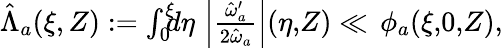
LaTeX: \begin{array}{r}{\hat{\Lambda}_{a}(\xi,Z):=\int_{0}^{\xi}\! \! \! d\eta\, \left|\frac{\hat{\omega}_{a}^{\prime}}{2\hat{\omega}_{a}}\right|(\eta,\! Z)\ll\, \phi_{a}(\xi,\! 0,\! Z),}\end{array}